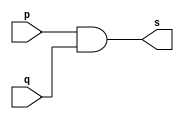
// ----------------------------------------
// Exemplo0003 - AND
// Nome: Joo Henrique Mendes de Oliveira
// ----------------------------------------

// -------------------------
// -- and gate
// -------------------------

module andgate(output s, input p, input q);
	assign s = p & q; //-- vinculo
endmodule //-- end module andgate

// -------------------------
// -- test and gate
// -------------------------

module testandgate;
//-- dados locais
	reg a, b; //-- reg = registrador = entrada
	wire s; //-- wire = sada
	
//-- instanciando o "module and gate"
	andgate AND1(s, a, b);
	
//-- preparao
	initial begin:start
		a = 0; b = 0; //-- valor inicial
	end //-- end start

//-- parte principal
	initial begin:main
	//-- execuo 1  1
		$display("Exemplo0003 - Joo Henrique - 392734");
		$display("Test AND gate");
		$display("\na & b = s\n");
		
		a = 0; b = 0;
	#1 $display("%b & %b = %b", a, b, s);
		a = 0; b = 1;
	#1 $display("%b & %b = %b", a, b, s);
		a = 1; b = 0;
	#1 $display("%b & %b = %b", a, b, s);
		a = 1; b = 1;
	#1 $display("%b & %b = %b", a, b, s);
	
	end //-- end main

endmodule //-- end testandgate